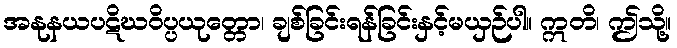
အနုနယပဋိဃဝိပ္ပယုတ္တော၊ ချစ်ခြင်းရန်ခြင်းနှင့်မယှဉ်ပါ။ ဣတိ၊ ဤသို့။